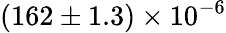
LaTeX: (162\pm 1.3)\times 10^{-6}